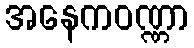
အနေကဝဏ္ဏာ